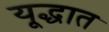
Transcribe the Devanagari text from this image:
यूद्धात